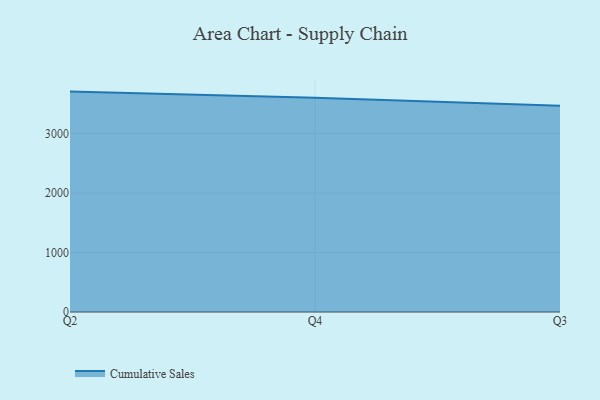
{"axis": {"x": "Quarter", "y": "Net Income (USD K)"}, "legend": ["Cumulative Sales"], "data": [{"x": "Q2", "y": 3703.3, "type": "Cumulative Sales"}, {"x": "Q4", "y": 3599.2, "type": "Cumulative Sales"}, {"x": "Q3", "y": 3465.9, "type": "Cumulative Sales"}]}